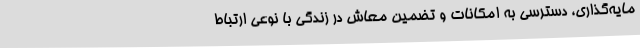
مایه‌گذاری، دسترسی به امکانات و تضمین معاش در زندگی با نوعی ارتباط